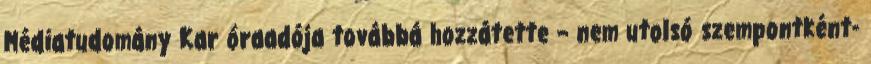
Médiatudomány Kar óraadója továbbá hozzátette – nem utolsó szempontként-